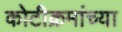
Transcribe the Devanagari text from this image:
कोटीक्रमांच्या